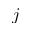
j